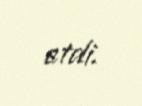
etdi.